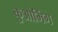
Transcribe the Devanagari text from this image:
कुओमिंग